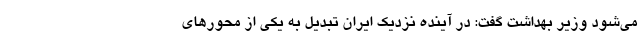
می‌شود وزیر بهداشت گفت: در آینده نزدیک ایران تبدیل به یکی از محور‌های